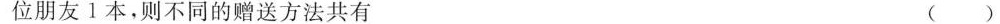
位朋友1本，则不同的赠送方法共有 ()